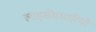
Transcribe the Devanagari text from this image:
लाइसेंसधारियो